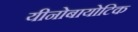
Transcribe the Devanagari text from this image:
यीनोबायोटिक